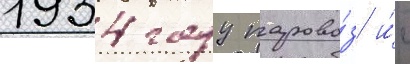
1934 году парово́з и́с